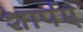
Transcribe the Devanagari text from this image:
शार्पए